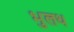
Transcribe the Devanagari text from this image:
भुलथ